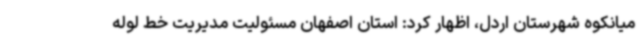
میانکوه شهرستان اردل، اظهار کرد: استان اصفهان مسئولیت مدیریت خط لوله